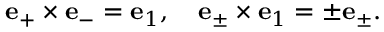
{ \bf e } _ { + } \times { \bf e } _ { - } = { \bf e } _ { 1 } , \quad { \bf e } _ { \pm } \times { \bf e } _ { 1 } = \pm { \bf e } _ { \pm } .